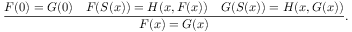
{ \frac { F ( 0 ) = G ( 0 ) \quad F ( S ( x ) ) = H ( x , F ( x ) ) \quad G ( S ( x ) ) = H ( x , G ( x ) ) } { F ( x ) = G ( x ) } } .